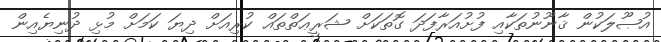
އުޞޫލަކުން ޤާނޫނުތަކާއި ފުށުއަރާފަދަ ގޮތަކަށް ޝަރީޢަތްތައް ކުރިއަށް ދިޔަ ކަމަށް މުޅި ދުނިޔެއިން